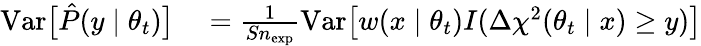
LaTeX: \begin{array}{rl}{\mathrm{\mathop{Var}}\big[\hat{P}(y\mid\theta_{t})\big]}&{{}=\frac{1}{Sn_{\mathrm{exp}}}\mathrm{\mathop{Var}}\big[w(x\mid\theta_{t})I(\Delta\chi^{2}(\theta_{t}\mid x)\ge y)\big]}\end{array}